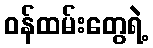
ဝန်ထမ်းတွေရဲ့